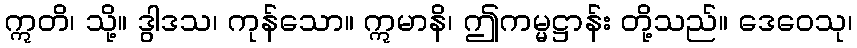
ဣတိ၊ သို့။ ဒွါဒသ၊ ကုန်သော။ ဣမာနိ၊ ဤကမ္မဋ္ဌာန်း တို့သည်။ ဒေဝေသု၊